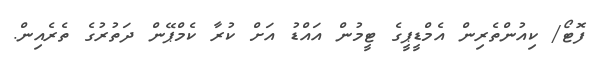
ފޮޓޯ/ ކިއުންތެރިން އެމްޑީޕީގެ ޓީމުން އައްޑު އަށް ކުރާ ކެމްޕޭން ދަތުރުގެ ތެރެއިން.